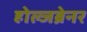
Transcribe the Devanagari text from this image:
होल्जब्रेनर